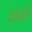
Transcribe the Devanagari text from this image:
३६३८